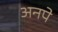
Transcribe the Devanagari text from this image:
अनपे